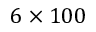
6 \times 1 0 0